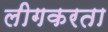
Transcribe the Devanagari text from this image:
लीगकरता